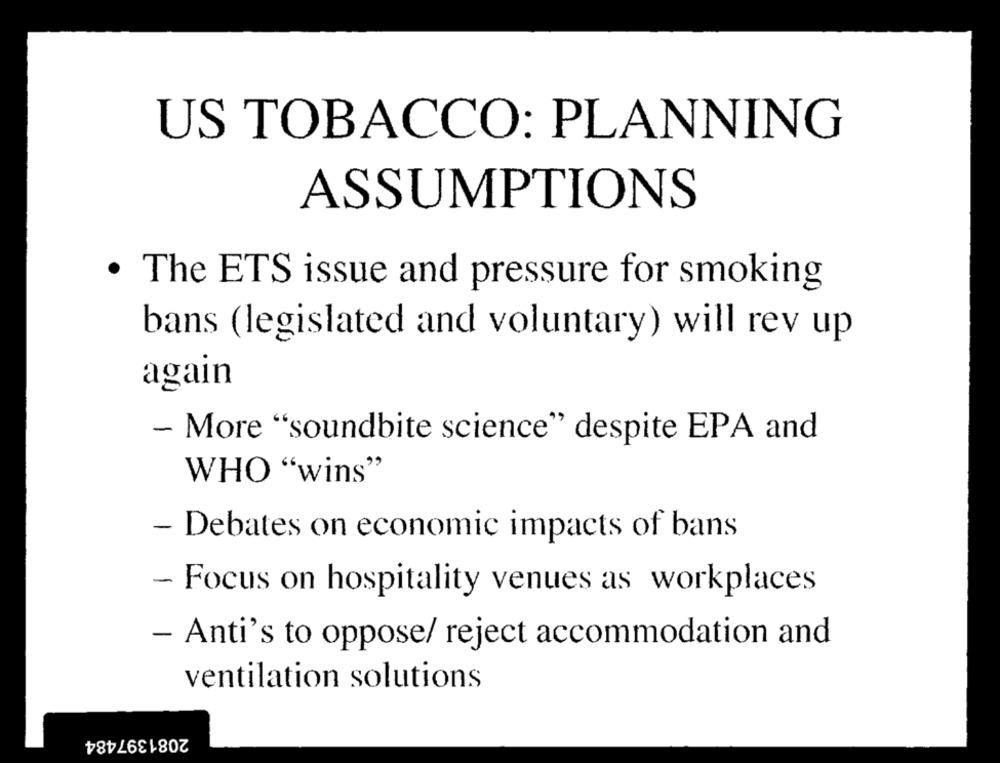
US TOBACCO: PLANNING
ASSUMPTIONS
· The ETS issue and pressure for smoking
bans (legislated and voluntary) will rev up
again
- More "soundbite science" despite EPA and
WHO "wins"
- Debates on economic impacts of bans
- Focus on hospitality venues as workplaces
- Anti's to oppose/ reject accommodation and
ventilation solutions
2081397484